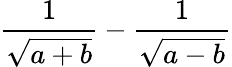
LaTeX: {\frac{1}{\sqrt{a+b}}}-{\frac{1}{\sqrt{a-b}}}